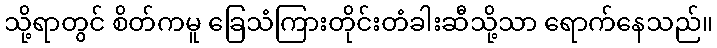
သို့ရာတွင် စိတ်ကမူ ခြေသံကြားတိုင်းတံခါးဆီသို့သာ ရောက်နေသည်။